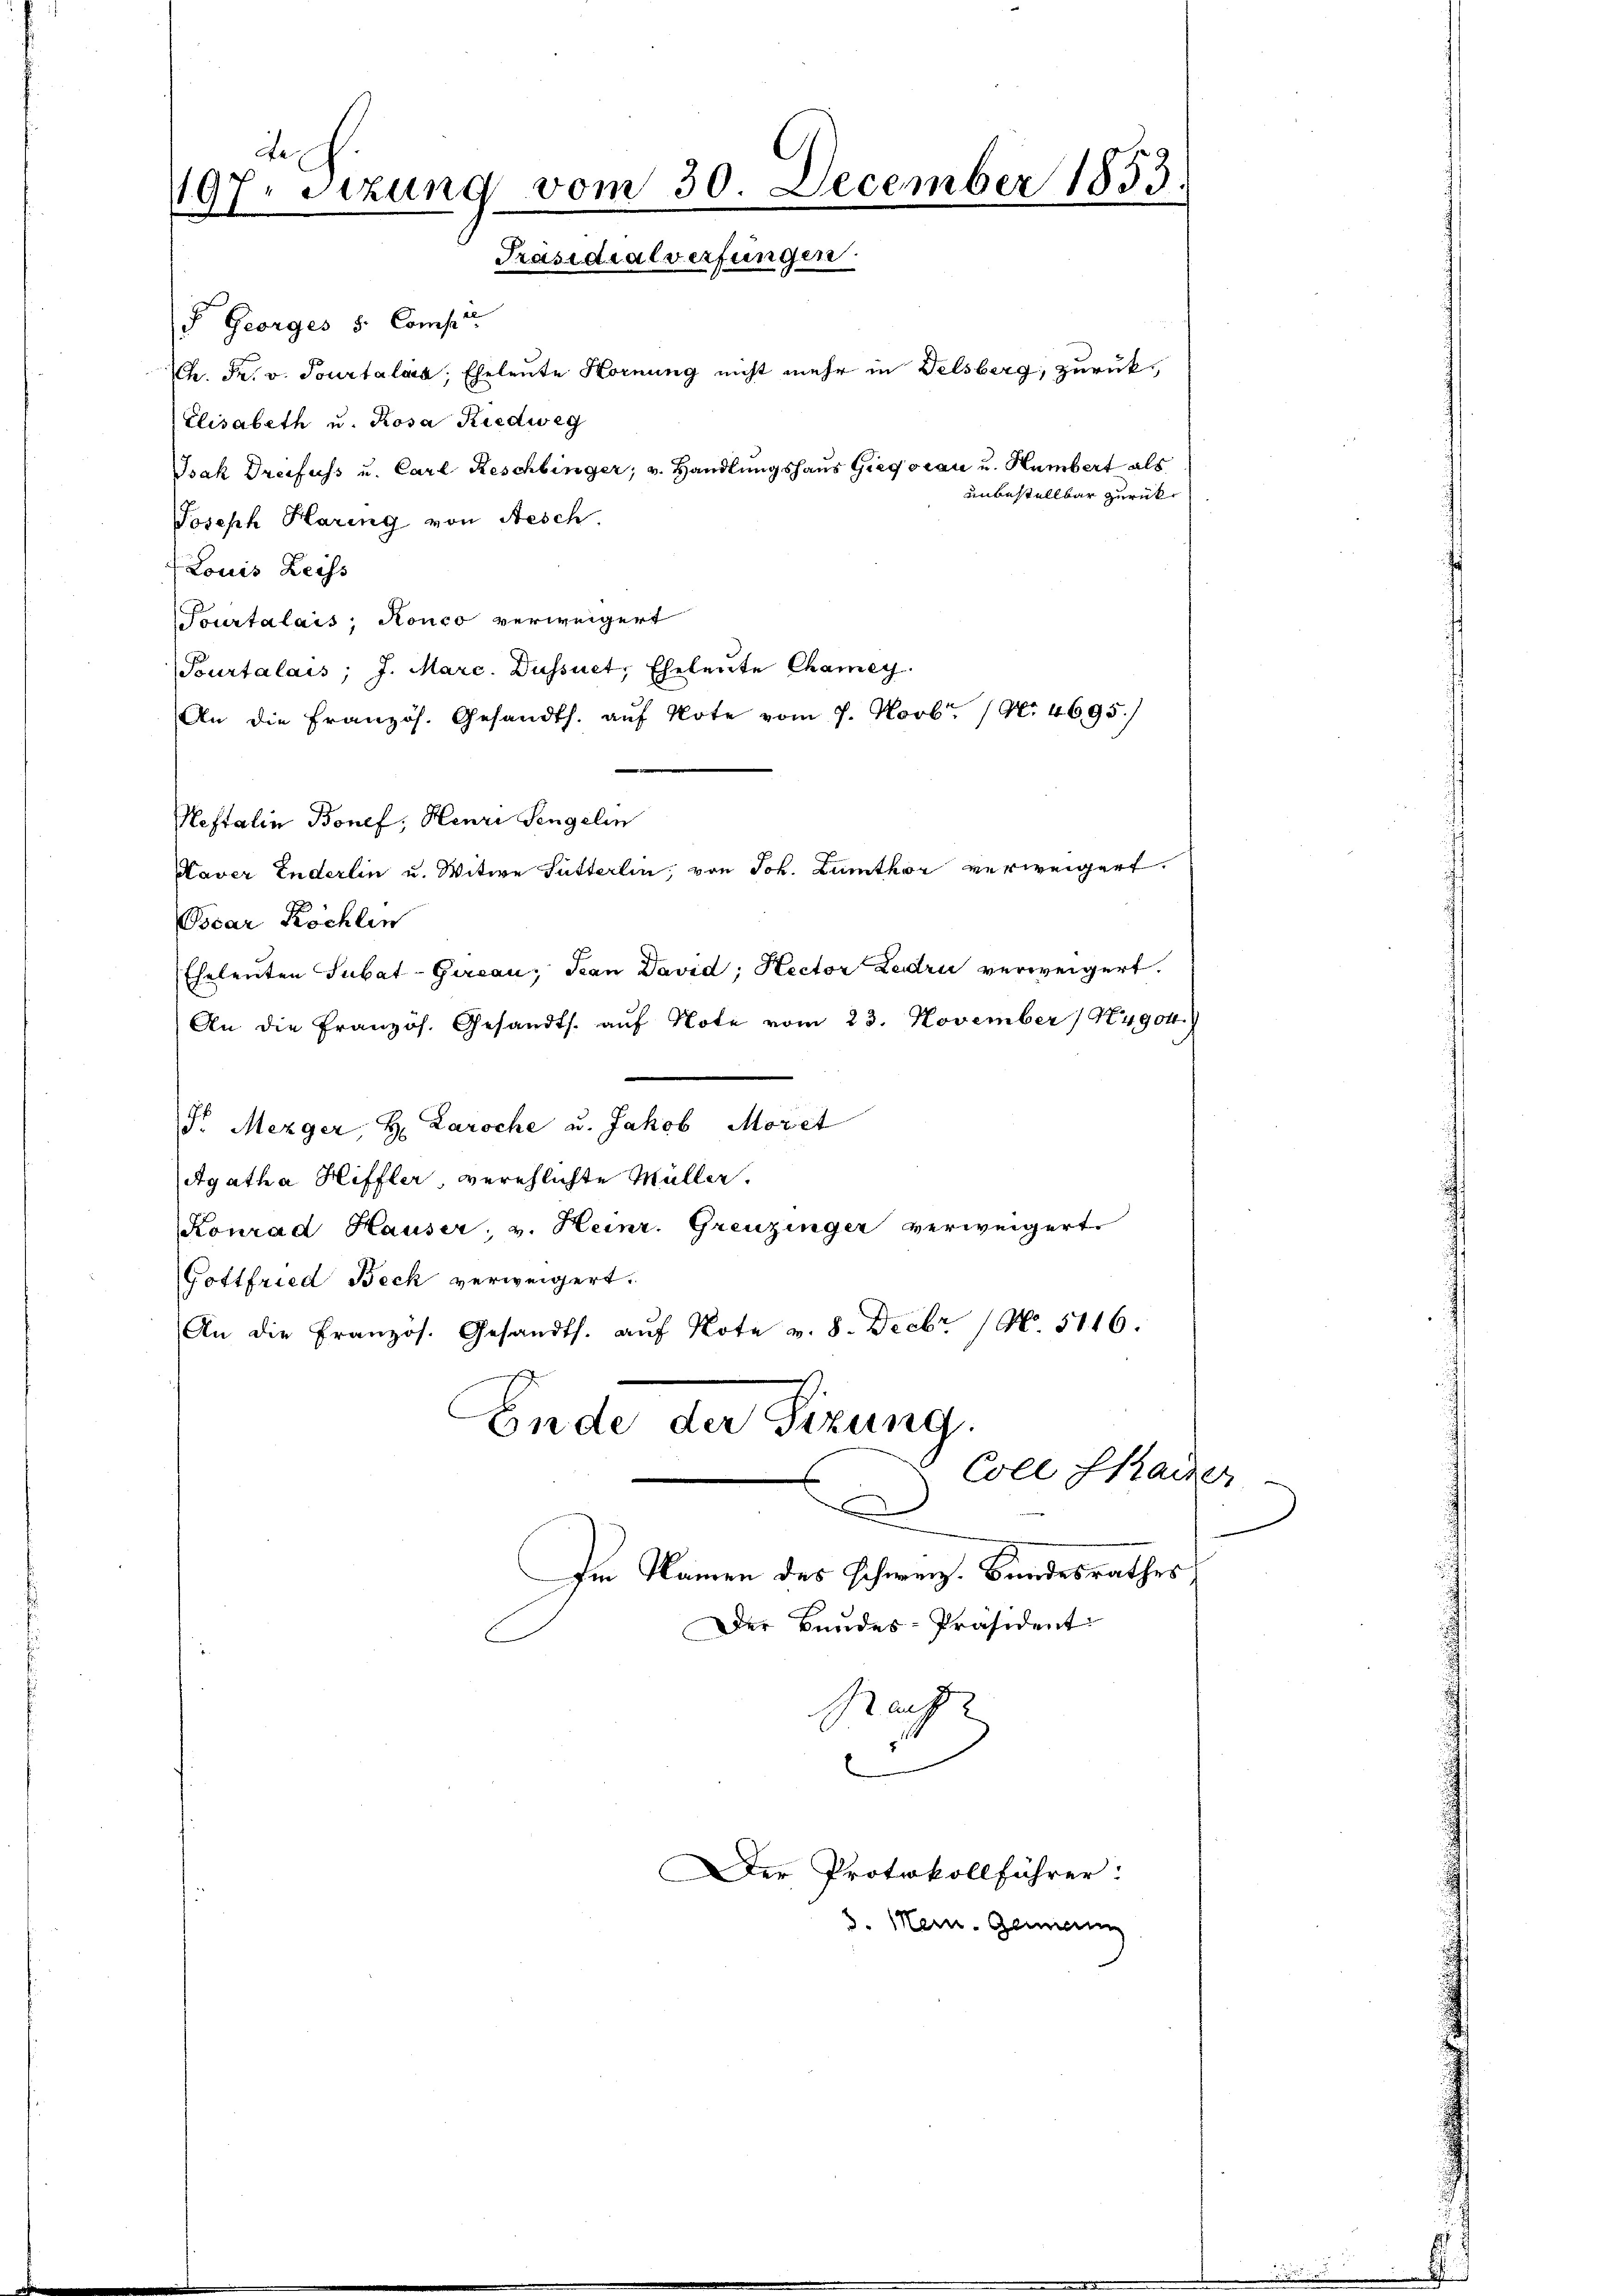
d
sizung vom 30. December 1853.
197
Präsidialverfungen

Georges 5 Compe
Ch. Pr. v. Pourtalais, Eheleute Hornung nicht mehr in Delsberg zurück¬
Elisabeth u. Rosa Riedwig
Isak Dreifuss u. Carl Reschlinger, v. Handlungshaus Giegsrau u. Humbert als
unbestellbar zurück¬
Joseph Haring von Aesch.
Louis Leiss
Tourtalais; Ronco verweigert
Tourtalais; J. Marc. Düssuet, Eheleute Chamey
An die Französ. Gesandts. aŭf Note vom 7. Novbr. / No. 4695.)
Heftalin Bonef, Henri Sengelin
Haver Enderlin u. Witwe Fütterlin, von Joh. Zumthor verweigert.
Oscar Köchlen
Eheleuten Subat-Gircau, Pan David; Rector Zeddrii verweigert.
An die Französ. Gesandts. aŭf Note vom 23. November / Nyg04.)
S. Mezger, H. Laroche u. Jakob Moret
Agatha Hiffler, verehlichte Müller.
Konrad Hauser, v. Heinr. Greuzinger verweigert
Gottfried Beck verweigert.
An die Französ. Gesandts. aŭf Note v. 8. Decbr (N. 5116.
Ende der Sitzung.
Coll Strasser
d
Im Namen des Schweiz. Bundesrathes
Der Bundes-Präsident
Rache
d

Der Protokollführer:

3. Mein Gemein

e